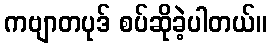
ကဗျာတပုဒ် စပ်ဆိုခဲ့ပါတယ်။